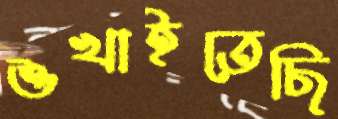
শুখাইতেছি